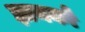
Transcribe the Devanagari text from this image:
ज्ञानको